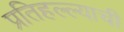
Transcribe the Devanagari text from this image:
प्रतिहल्ल्याची